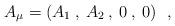
LaTeX: \begin{align*} A_{\mu}=(A_{1}\:,\:A_{2}\:,\:0\:,\:0)~~,\end{align*}